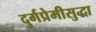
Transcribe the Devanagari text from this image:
दुर्गप्रेमीसुद्धा